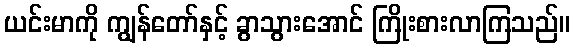
ယင်းမာကို ကျွန်တော်နှင့် ခွာသွားအောင် ကြိုးစားလာကြသည်။